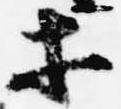
等